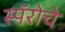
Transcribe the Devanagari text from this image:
स्पॅरोचे